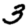
Digit: 3